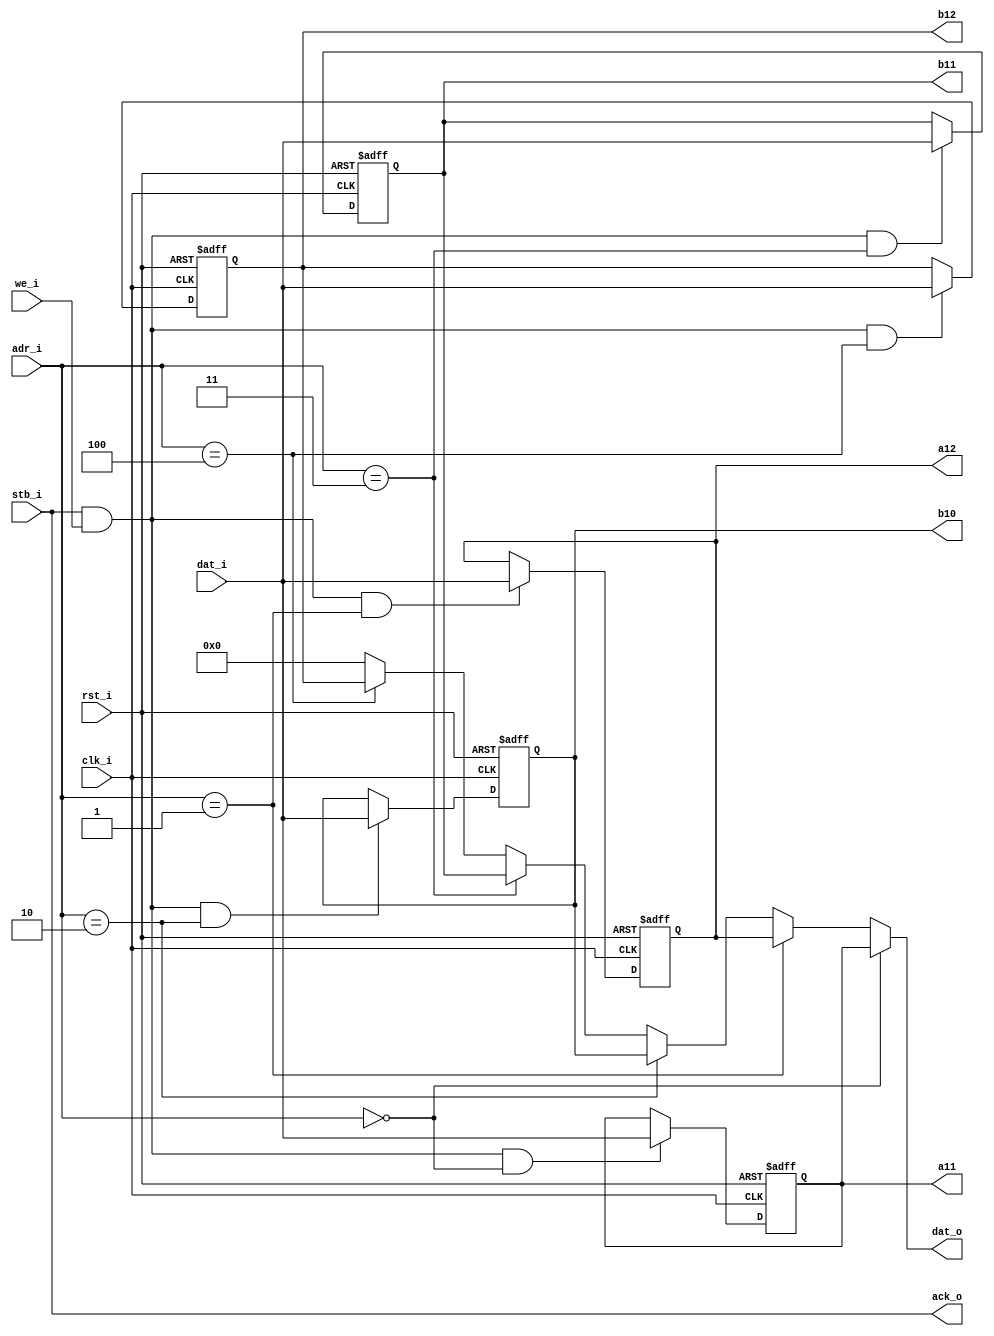
module coefio
	(
	clk_i,
	rst_i,
	we_i,	
	stb_i,
	ack_o,
	dat_i,
	dat_o,
	adr_i,
	a11,
	a12,
	b10,
	b11,
	b12
	);
input 		clk_i;
input 		rst_i;
input		we_i;
input		stb_i;
output		ack_o;
input	[15:0]	dat_i;
output	[15:0]	dat_o;
input	[2:0]	adr_i;
output	[15:0]	a11;
output	[15:0]	a12;
output	[15:0]	b10;
output	[15:0]	b11;
output	[15:0]	b12;
reg	[15:0]	a11;
reg	[15:0]	a12;
reg	[15:0]	b10;
reg	[15:0]	b11;
reg	[15:0]	b12;
wire		ack_o;
wire		sel_a11;
wire		sel_a12;
wire		sel_b10;
wire		sel_b11;
wire		sel_b12;
assign sel_a11 = (adr_i == 3'b000);
assign sel_a12 = (adr_i == 3'b001);
assign sel_b10 = (adr_i == 3'b010);
assign sel_b11 = (adr_i == 3'b011);
assign sel_b12 = (adr_i == 3'b100);
assign ack_o = stb_i;
always @(posedge clk_i or posedge rst_i)
if ( rst_i )
  begin
    a11 <= 15'b11111111;
    a12 <= 15'b11111;
    b10 <= 15'b1111111;
    b11 <= 15'b11;
    b12 <= 15'b11111111;
  end
else
  begin
    a11 <= (stb_i & we_i & sel_a11) ? (dat_i) : (a11);
    a12 <= (stb_i & we_i & sel_a12) ? (dat_i) : (a12);
    b10 <= (stb_i & we_i & sel_b10) ? (dat_i) : (b10);
    b11 <= (stb_i & we_i & sel_b11) ? (dat_i) : (b11);
    b12 <= (stb_i & we_i & sel_b12) ? (dat_i) : (b12);
  end
assign dat_o = sel_a11 ? (a11) : 
		((sel_a12) ? (a12) : 
		((sel_b10) ? (b10) : 
		((sel_b11) ? (b11) : 
		((sel_b12) ? (b12) : 
		(16'h0000)))));
endmodule